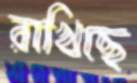
রাখিছে